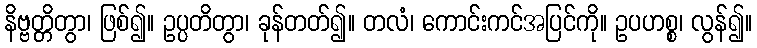
နိဗ္ဗတ္တိတွာ၊ ဖြစ်၍။ ဥပ္ပတိတွာ၊ ခုန်တတ်၍။ တလံ၊ ကောင်းကင်အပြင်ကို။ ဥပဟစ္စ၊ လွန်၍။